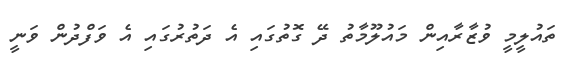
ތައުލީމީ ވުޒާރާއިން މައުލޫމާތު ދޭ ގޮތުގައި އެ ދަތުރުގައި އެ ވަފްދުން ވަނީ